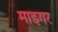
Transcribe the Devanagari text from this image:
माइगर